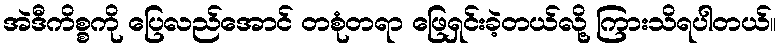
အဲဒီကိစ္စကို ပြေလည်အောင် တစုံတရာ ဖြေရှင်းခဲ့တယ်လို့ ကြားသိရပါတယ်။